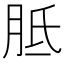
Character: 胝